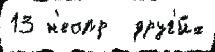
13 н'еопр  друг'и́х